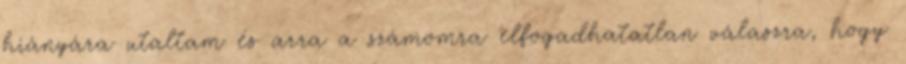
hiányára utaltam és arra a számomra elfogadhatatlan válaszra, hogy